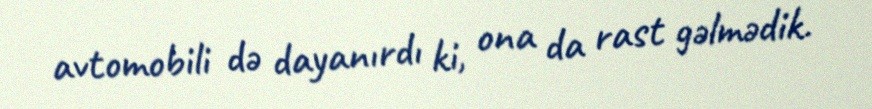
avtomobili də dayanırdı ki, ona da rast gəlmədik.